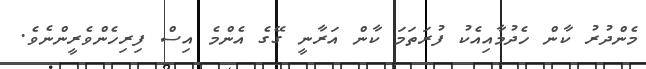
މެންދުރު ކާން ހެދުމާއިއެކު ފުރަތަމަ ކާން އަރާނީ ގޭގެ އެންމެ އިސް ފިރިހެންވެރީންނެވެ.